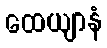
ထေယျာနံ